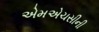
એમએચસીની